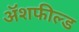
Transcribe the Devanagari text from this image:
ॲशफील्ड